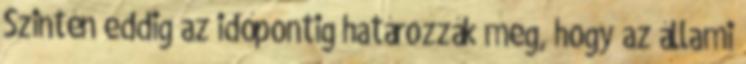
Szintén eddig az időpontig határozzák meg, hogy az állami